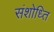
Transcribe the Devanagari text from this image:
संशोध्ति